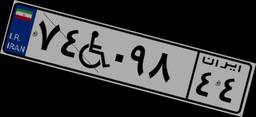
۷۴W۰۹۸۴۴